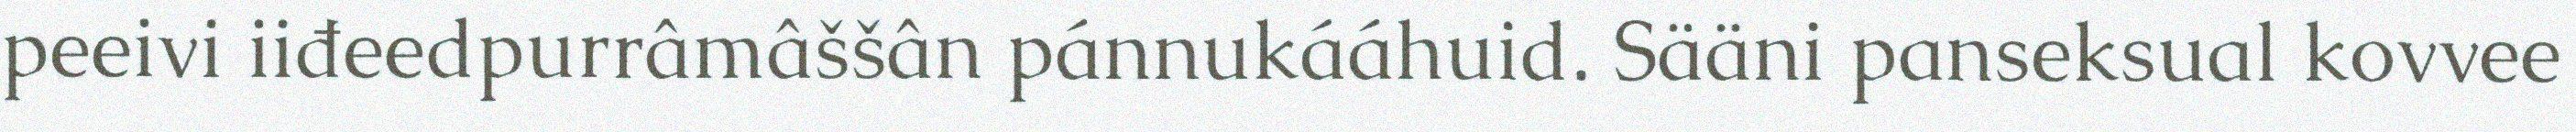
peeivi iiđeedpurrâmâššân pánnukááhuid. Sääni panseksual kovvee